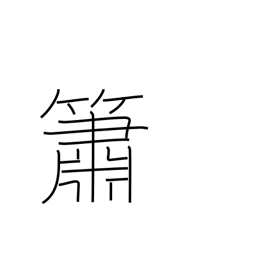
Meaning: flute